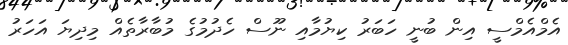
އެމްއެމްސީ އިން ބުނީ ހަބަރު ކިޔުމާއި ނޫސް ހެދުމުގެ މުބާރާތެއް މިދިޔަ އަހަރު